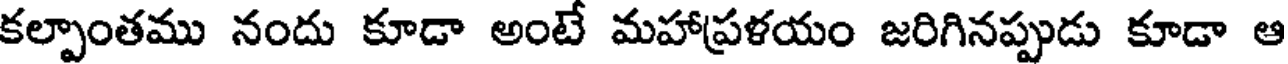
కల్పాంతము నందు కూడా అంటే మహాప్రళయం జరిగినప్పుడు కూడా ఆ